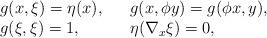
LaTeX: \begin{align*}\begin{array}{lll} g(x,\xi)=\eta(x), & &g(x,\phi y)=g(\phi x,y), \\ g(\xi,\xi)=1, & & \eta(\nabla_x\xi)=0, \end{array}\end{align*}